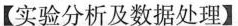
【实验分析及数据处理】